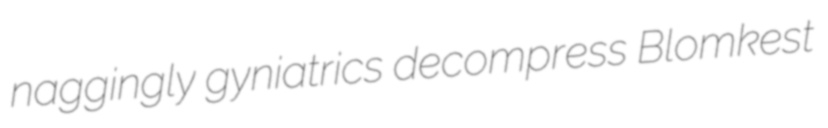
naggingly gyniatrics decompress Blomkest